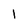
Character: 1